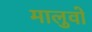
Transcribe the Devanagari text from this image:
मालुवो